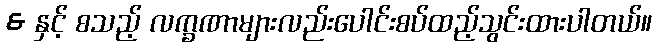
& နှင့် စသည့် လက္ခဏာများလည်းပေါင်းစပ်ထည့်သွင်းထားပါတယ်။